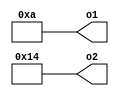
module module_scope_ExampleLong(o1, o2);
   parameter [31:0] ThisIsAnExtremelyLongParameterNameToTriggerTheSHA1Checksum1 = 10;
   parameter [31:0] ThisIsAnExtremelyLongParameterNameToTriggerTheSHA1Checksum2 = 20;
   output [31:0] o1, o2;
   assign module_scope_ExampleLong.o1 = module_scope_ExampleLong.ThisIsAnExtremelyLongParameterNameToTriggerTheSHA1Checksum1;
   assign module_scope_ExampleLong.o2 = module_scope_ExampleLong.ThisIsAnExtremelyLongParameterNameToTriggerTheSHA1Checksum2;
endmodule